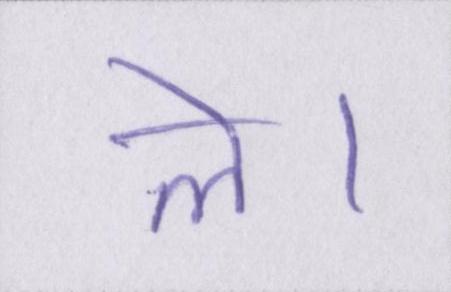
ले।